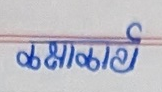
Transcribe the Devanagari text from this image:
कक्षाकार्य